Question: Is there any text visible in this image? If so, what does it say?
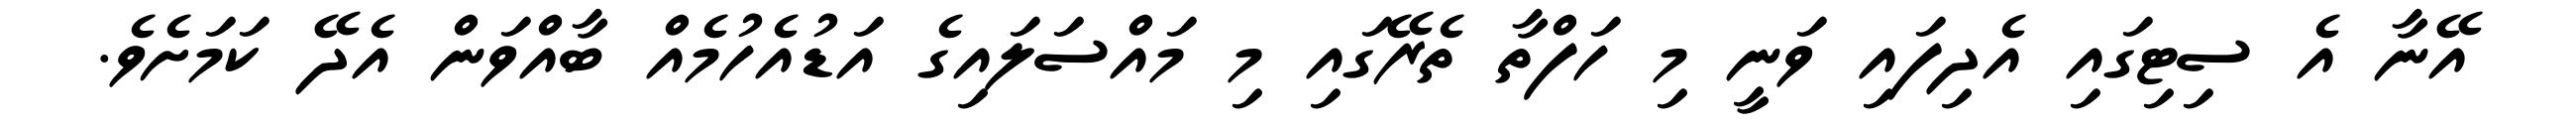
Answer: އޭނާ އެ ސިޓިގައި އެދިފައި ވަނީ މި ހަފްތާ ތެރޭގައި މި މައްސަލައިގެ އަޑުއެހުމެއް ބާއްވަން އެދޭ ކަމަށެވެ.